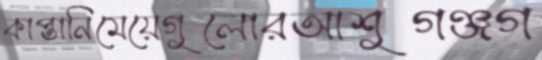
কাপ্তানিমেয়েগুলোরআশুগঞ্জগ